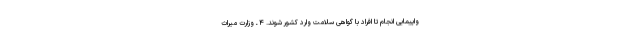
واپیمایی انجام تا افراد با گواهی سلامت وارد کشور شوند. ۴ ـ وزارت میراث